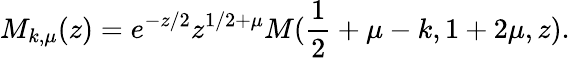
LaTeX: M_{k,\mu}(z)=e^{-z/2}z^{1/2+\mu}M(\frac{1}{2}+\mu-k,1+2\mu,z).